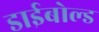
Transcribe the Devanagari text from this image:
डाईबोल्ड